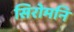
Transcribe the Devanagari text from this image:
सिरोमनि